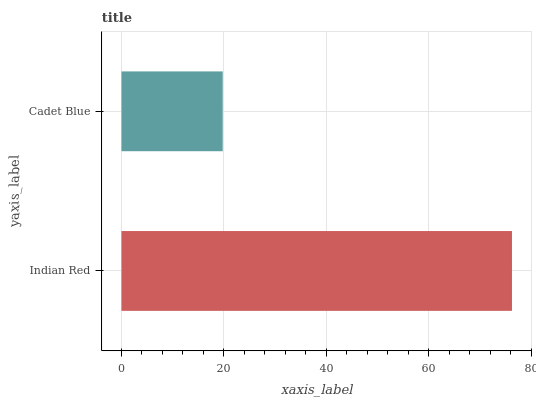
| yaxis_label | bars |
 | --- | --- |
 | Indian Red | 76.3 |
 | Cadet Blue | 19.8 |